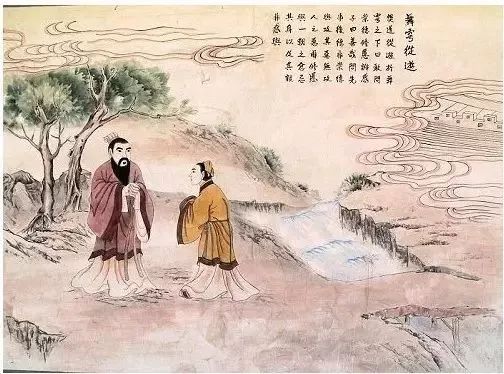
君子遵道而行，半途而废吾弗能已矣。